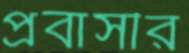
প্রবাসীর